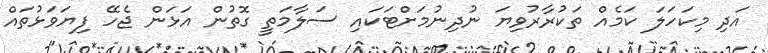
އަދި މިކަހަލަ ކަމެއް ތަކުރާރުވިޔަ ނުދިނުމަށްޓަކައި ސަލާމަތީ ގޮތުން އަޅަން ޖެހޭ ފިޔަވަޅުތައް